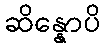
ဆိန္နောပိ